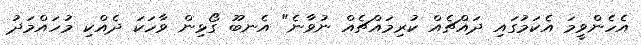
އެހެންވީމަ އެކަމުގައި ދައްޗެއް ކުރިމައްޗެއް ނުވާނެ" އެނބޫ ގޯޅިން ވާހަކަ ދެއްކި މުހައްމަދު